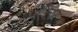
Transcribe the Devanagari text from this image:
वेलेंतिनस